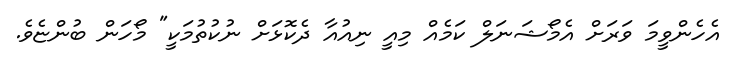
އެހެންވީމަ ވަރަށް އެމޯޝަނަލް ކަމެއް މިއީ ނިއުއާ ދެކޮޅަށް ނުކުތުމަކީ" މޯހަން ބުންޏެވެ.